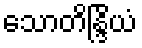
သောတိန္ဒြိယံ